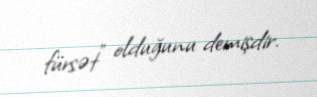
fürsət" olduğunu demişdir.